Annual administration report of the Civil Veterinary Department of India - 1894-1895
Year: 1894
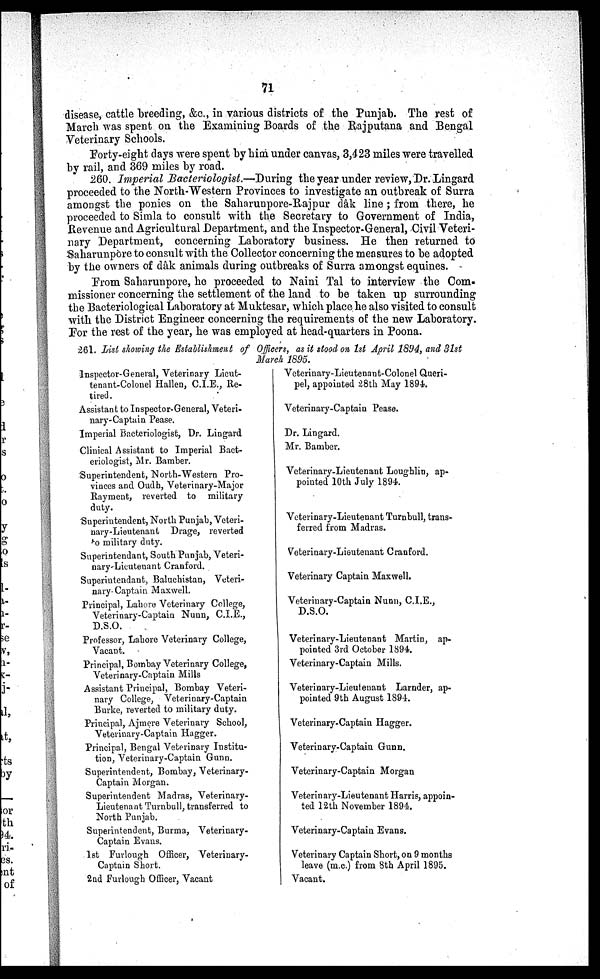
71
disease, cattle breeding, &c., in various districts of the Punjab. The rest of
March was spent on the Examining Boards of the Rajputana and Bengal
Veterinary Schools.
Forty-eight days were spent by him under canvas, 3,423 miles were travelled
by rail, and 369 miles by road.
.260. Imperial Bacteriologist.—During the year under review, Dr. Lingard
proceeded to the North-Western Provinces to investigate an outbreak of Surra
amongst the ponies on the Saharunpore-Rajpur dâk line ; from there, he
proceeded to Simla to consult with the Secretary to Government of India,
Revenue and Agricultural Department, and the Inspector-General, Civil Veteri-
nary Department, concerning Laboratory business. He then returned to
Saharunpore to consult with the Collector concerning the measures to be adopted
by the owners of dâk animals during outbreaks of Surra amongst equines.
From Saharunpore, he proceeded to Naini Tal to interview the Com-
missioner concerning the settlement of the land to be taken up surrounding
the Bacteriological Laboratory at Muktesar, which place he also visited to consult
with the District Engineer concerning the requirements of the new Laboratory.
For the rest of the year, he was employed at head-quarters in Poona.
261. List showing the Establishment of Officers, as it stood on 1st April 1894, and 31st
March 1895.
Inspector-General, Veterinary Lieut-
tenant-Colonel Hallen, C.I.E., Re-
tired.
Assistant to Inspector-General, Veteri-
nary-Captain Pease.
Imperial Bacteriologist, Dr. Lingard
Clinical Assistant to Imperial Bact-
eriologist, Mr. Bamber.
Superintendent, North-Western Pro-
vinces and Oudh, Veterinary-Major
Rayment, reverted to military
duty.
Superintendent, North Punjab, Veteri-
nary-Lieutenant Drage, reverted
o military duty.
Superintendant, South Punjab, Veteri-
nary-Lieutenant Cranford.
Superintendant, Baluchistan, Veteri-
nary-Captain Maxwell.
Principal, Lahore Veterinary College,
Veterinary-Captain Nunn, C.I.E.,
D.S.O.
Professor, Lahore Veterinary College,
Vacant.
Principal, Bombay Veterinary College,
Veterinary-Captain Mills
Assistant Principal, Bombay Veteri-
nary College, Veterinary-Captain
Burke, reverted to military duty.
Principal, Ajmere Veterinary School,
Veterinary-Captain Hagger.
Principal, Bengal Veterinary Institu-
tion, Veterinary-Captain Gunn.
Superintendent, Bombay, Veterinary-
Captain Morgan.
Superintendent Madras, Veterinary-
Lieutenant Turnbull, transferred to
North Punjab.
Superintendent, Burma, Veterinary-
Captain Evans.
1st Furlough Officer, Veterinary-
Captain Short.
2nd Furlough Officer, Vacant
Veterinary-Lieutenant-Colonel Queri-
pel, appointed 28th May 1894.
Veterinary-Captain Pease.
Dr. Lingard.
Mr. Bamber.
Veterinary-Lieutenant Loughlin, ap-
pointed 10th July 1894.
Veterinary-Lieutenant Turnbull, trans-
ferred from Madras.
Veterinary-Lieutenant Cranford.
Veterinary Captain Maxwell.
Veterinary-Captain Nunn, C.I.E.,
D.S.O.
Veterinary-Lieutenant Martin, ap-
pointed 3rd October 1894.
Veterinary-Captain Mills.
Veterinary-Lieutenant Larnder, ap-
pointed 9th August 1894.
Veterinary-Captain Hagger.
Veterinary-Captain Gunn.
Veterinary-Captain Morgan
Veterinary-Lieutenant Harris, appoin-
ted 12th November 1894.
Veterinary-Captain Evans.
Veterinary Captain Short, on 9 months
leave (m.c.) from 8th April 1895.
Vacant.